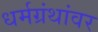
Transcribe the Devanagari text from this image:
धर्मग्रंथांवर